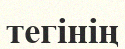
тегінің